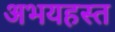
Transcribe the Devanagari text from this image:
अभयहस्त